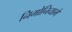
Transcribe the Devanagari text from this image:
निमोनियामें